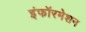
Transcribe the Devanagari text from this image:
इंफॉरमेशन